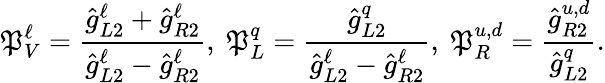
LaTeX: \mathfrak{P}_{V}^{\ell}=\frac{{\hat{{g}}_{L2}^{\ell}+\hat{{g}}_{R2}^{\ell}}}{{\hat{{g}}_{L2}^{\ell}-\hat{{g}}_{R2}^{\ell}}},\ \mathfrak{P}_{L}^{q}=\frac{{\hat{{g}}_{L2}^{q}}}{{\hat{{g}}_{L2}^{\ell}-\hat{{g}}_{R2}^{\ell}}},\ \mathfrak{P}_{R}^{u,d}=\frac{{\hat{{g}}_{R2}^{u,d}}}{{\hat{{g}}_{L2}^{q}}}.